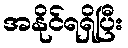
အနိုင်ရရှိပြီး